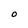
Character: O